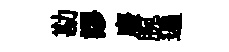
勘謬廢腕遍